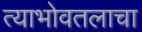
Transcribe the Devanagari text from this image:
त्याभोवतलाचा